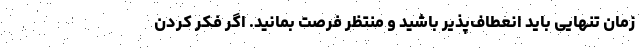
زمان تنهایی باید انعطاف‌پذیر باشید و منتظر فرصت بمانید. اگر فکر کردن